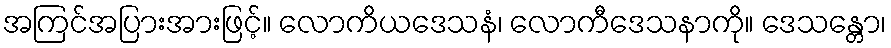
အကြင်အပြားအားဖြင့်။ လောကိယဒေသနံ၊ လောကီဒေသနာကို။ ဒေသန္တော၊